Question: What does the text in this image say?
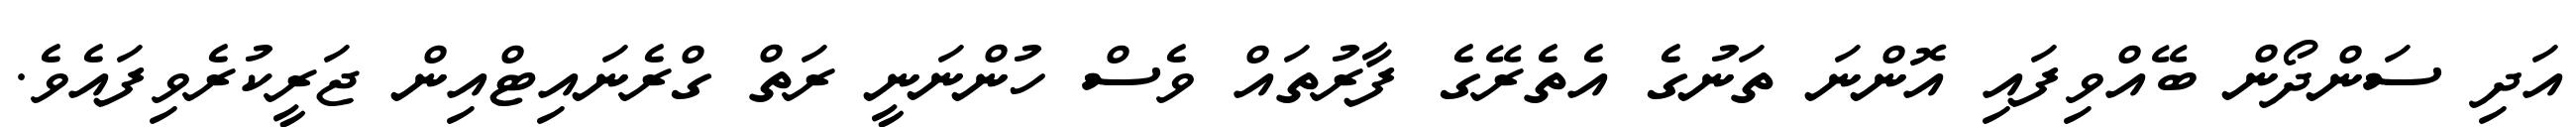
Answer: އަދި ސަންދޯން ބޭއްވިފައި އޮންނަ ތަނުގެ އެތެރޭގެ ފާރުތައް ވެސް ހުންނަނީ ރަތް ގްރެނައިޓްއިން ޖަރީކުރެވިފައެވެ.